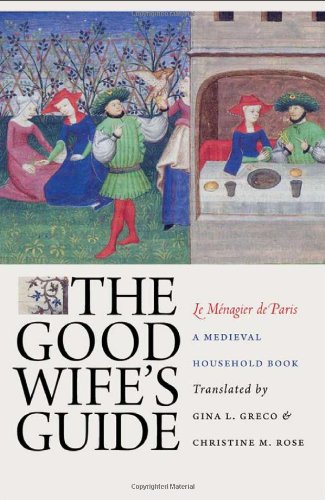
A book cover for The Good Wife's Guide (Le MÃ©nagier de Paris): A Medieval Household Book; Literature & Fiction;